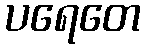
ပရေတေ